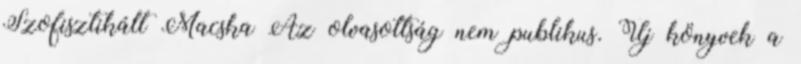
Szofisztikált Macska Az olvasottság nem publikus. Új könyvek a